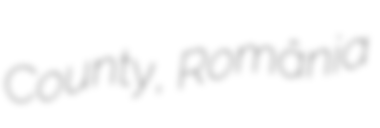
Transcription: County, România